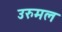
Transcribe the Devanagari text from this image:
उरुमल